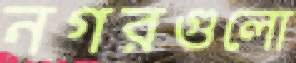
নগরগুলো